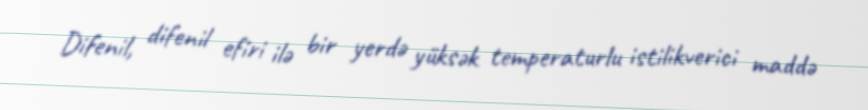
Difenil, difenil efiri ilə bir yerdə yüksək temperaturlu istilikverici maddə